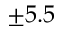
\pm 5 . 5